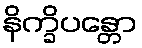
နိက္ခိပန္တော